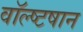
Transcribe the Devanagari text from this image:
वॉल्ष्टषान